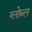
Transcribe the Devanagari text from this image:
ग्लोब्ल